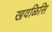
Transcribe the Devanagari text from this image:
खवळिसि